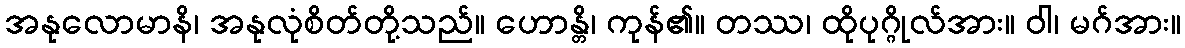
အနုလောမာနိ၊ အနုလုံစိတ်တို့သည်။ ဟောန္တိ၊ ကုန်၏။ တဿ၊ ထိုပုဂ္ဂိုလ်အား။ ဝါ၊ မဂ်အား။